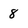
Character: 8